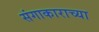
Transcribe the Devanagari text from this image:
संगाकाराच्या